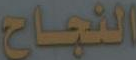
النجاح